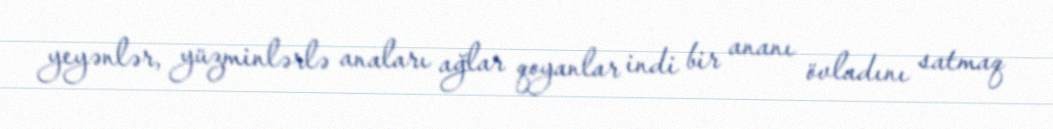
yeyənlər, yüzminlərlə anaları ağlar qoyanlar indi bir ananı övladını satmaq